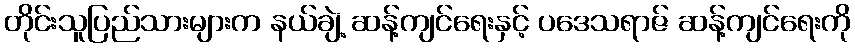
တိုင်းသူပြည်သားများက နယ်ချဲ့ ဆန့်ကျင်ရေးနှင့် ပဒေသရာဇ် ဆန့်ကျင်ရေးကို